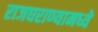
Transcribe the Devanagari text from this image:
राजघराण्यामध्ये